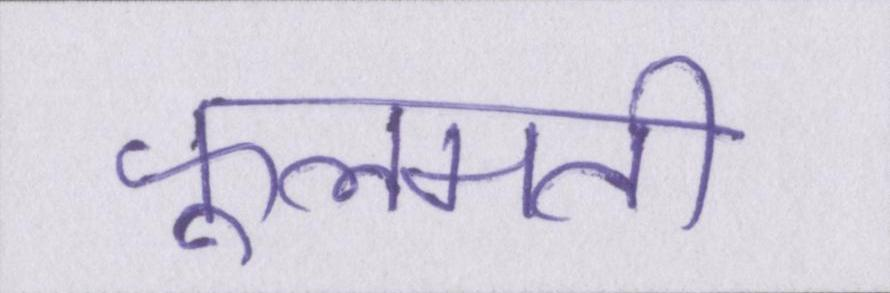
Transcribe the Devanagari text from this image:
फूलमती